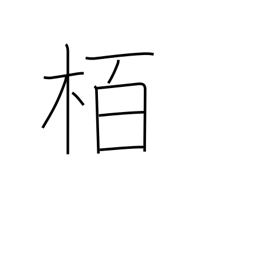
Meaning: oak